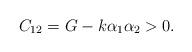
LaTeX: \begin{align*} C_{12} = G- k \alpha_1 \alpha_2 > 0.\end{align*}